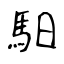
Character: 馹